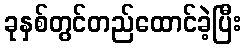
ခုနှစ်တွင်တည်ထောင်ခဲ့ပြီး